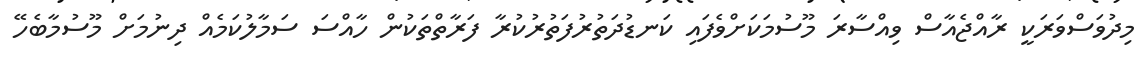
މިދުވަސްވަރަކީ ރާއްޖެއާސް ވިއްސާރަ މޫސުމަކަށްވެފައި ކަނޑުދަތުރުފަތުރުކުރާ ފަރާތްތަކުން ހާއްސަ ސަމާލުކަމެއް ދިނުމަށް މޫސުމާބެހޭ